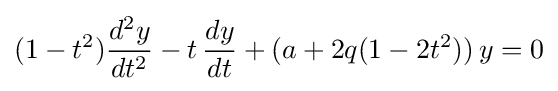
(1-t^{2}){\frac {d^{2}y}{dt^{2}}}-t\,{\frac {dy}{dt}}+(a+2q(1-2t^{2}))\,y=0